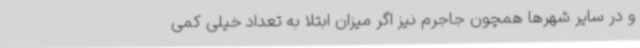
و در سایر شهرها همچون جاجرم نیز اگر میزان ابتلا به تعداد خیلی کمی